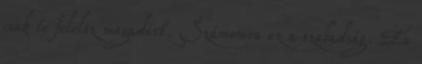
csak te felelsz magadért. Számomra ez a szabadság. Én